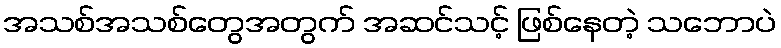
အသစ်အသစ်တွေအတွက် အဆင်သင့် ဖြစ်နေတဲ့ သဘောပဲ